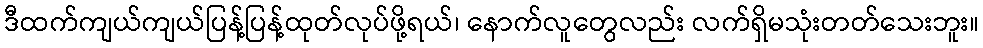
ဒီထက်ကျယ်ကျယ်ပြန့်ပြန့်ထုတ်လုပ်ဖို့ရယ်၊ နောက်လူတွေလည်း လက်ရှိမသုံးတတ်သေးဘူး။